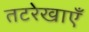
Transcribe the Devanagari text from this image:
तटरेखाएँ